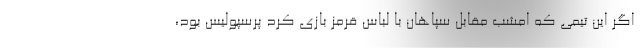
اگر این تیمی که امشب مقابل سپاهان با لباس قرمز بازی کرد پرسپولیس بود،